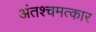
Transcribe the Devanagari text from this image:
अंतश्चमत्कार